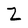
Character: Z